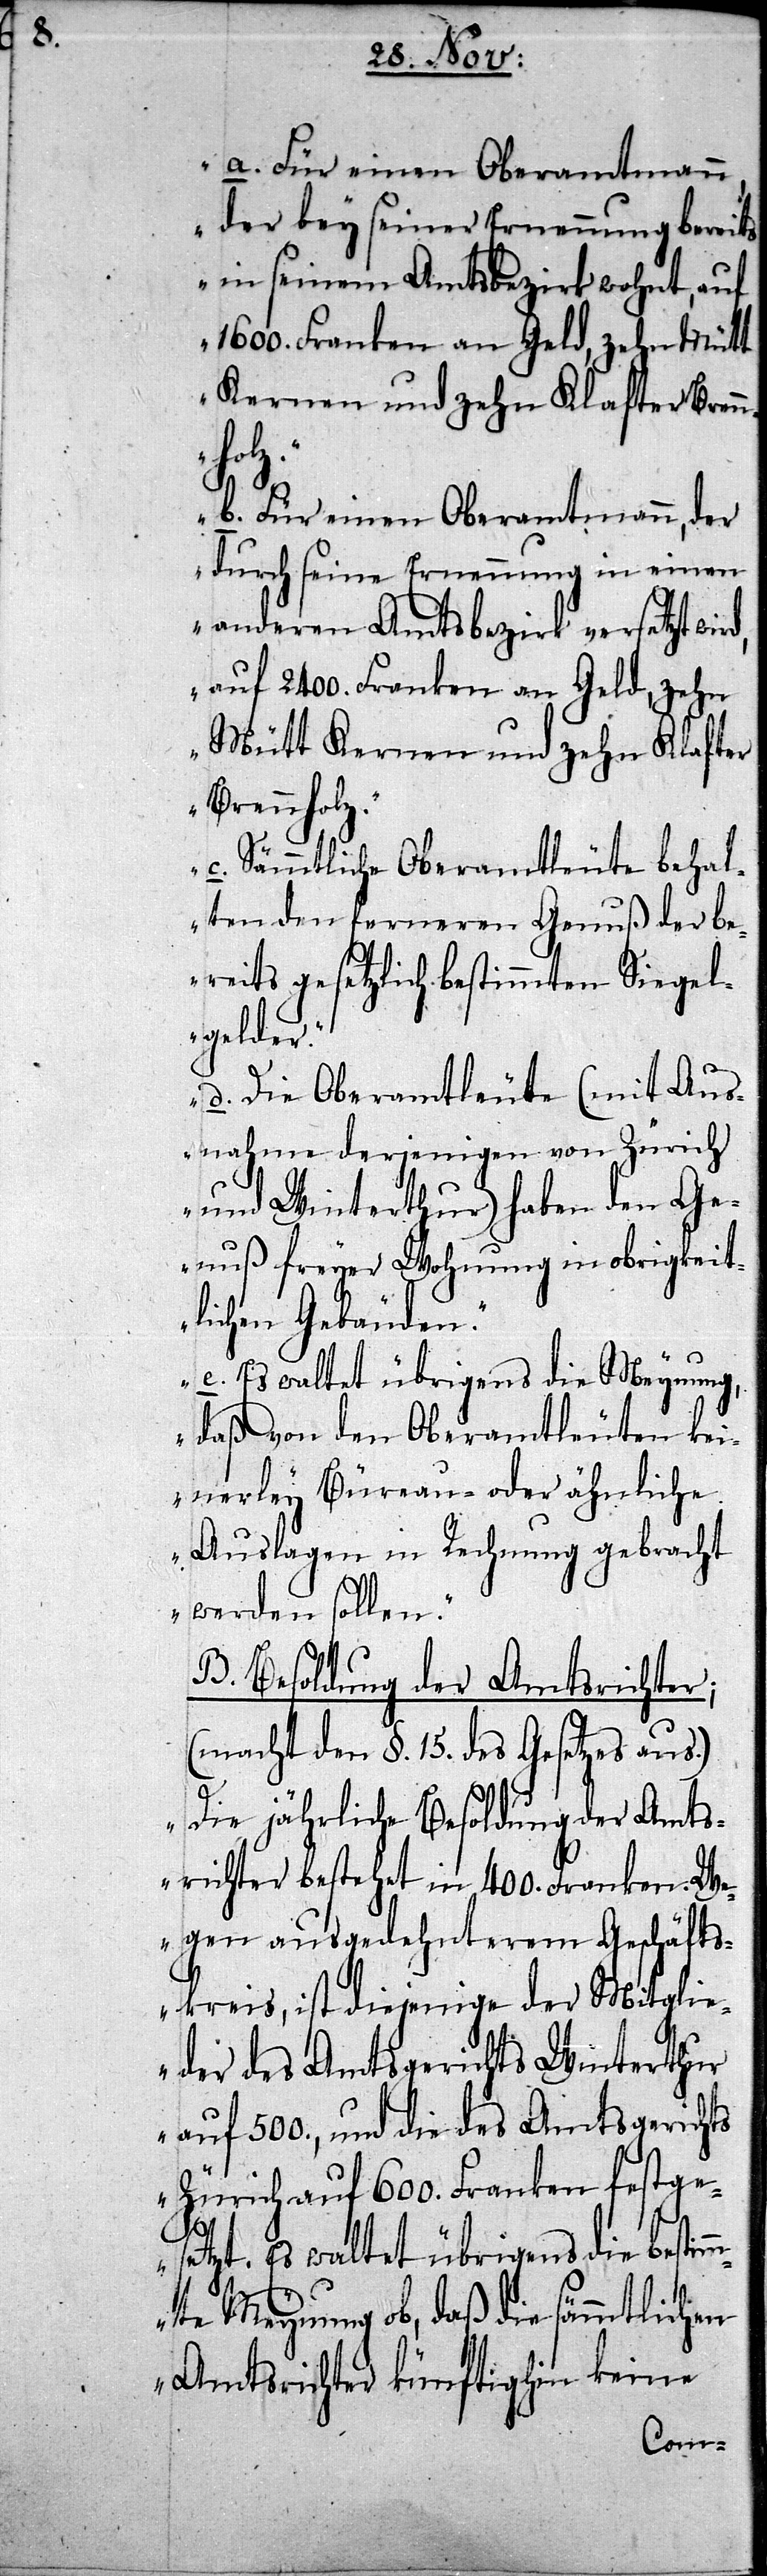
a. Für einen Oberamtmann,
der bey seiner Ernennung bereits
in seinem Amtsbezirk wohnt, auf
1600. Franken an Geld, zehn Mütt
Kernen und zehn Klafter Brenn¬
holz.
b. Für einen Oberamtmann, der
durch seine Ernennung in einen
anderen Amtsbezirk versetzt wir¬
auf 2400. Franken an Geld, zehn
Mütt Kernen und zehn Klafter
Brennholz.
c. Sämmtliche Oberamtleute behal¬
ten den ferneren Genuß der be¬
reits gesetzlich bestimmten Siegel¬
gelder.
d. Die Oberamtleute (mit Aus¬
nahme derjenigen von Zürich
und Winterthur) haben den Ge¬
nuß freyer Wohnung in obrigkeit¬
lichen Gebäuden.
e. Es waltet übrigens die Meynung,
daß von den Oberamtleuten kei¬
nerley Büreau- oder ähnliche
Auslagen in Rechnung gebracht
werden sollen.“
B. Besoldung der Amtsrichter;
(macht den §. 15. des Gesetzes aus.)
„Die jährliche Besoldung der Amts¬
richter bestehet in 400. Franken. We¬
gen ausgedehnterem Geschäfts¬
kreis, ist diejenige der Mitgli¬
eder des Amtsgerichts Winterthur
auf 500., und die des Amtsgerichts
Zürich auf 600. Franken festge¬
d,
setzt. Es waltet übrigens die bestimm¬
te Meynung ob, daß die sämmtlichen
Amtsrichter künftighin keine